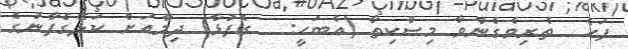
ފަހެ  ތެރިވެގެންވާ މިސްކިތާ (އެބަހީ:   ގެފުޅާ) ދިމާއަށް ކަލޭގެފާނުގެ